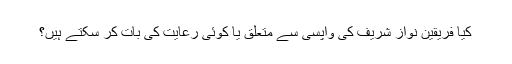
کیا فریقین نواز شریف کی واپسی سے متعلق یا کوئی رعایت کی بات کر سکتے ہیں؟